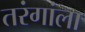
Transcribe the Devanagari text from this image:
तरंगांला